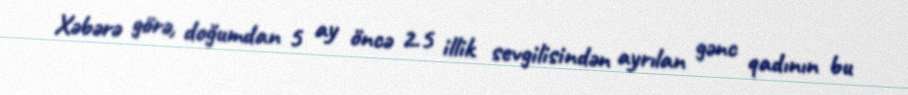
Xəbərə görə, doğumdan 5 ay öncə 2.5 illik sevgilisindən ayrılan gənc qadının bu